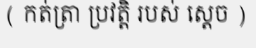
( កត់ត្រា ប្រវត្តិ របស់ ស្តេច )